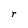
Character: r